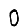
Digit: 0